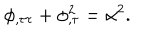
LaTeX: \phi _ { , \tau \tau } + \phi _ { , \tau } ^ { 2 } = \alpha ^ { 2 } .